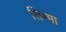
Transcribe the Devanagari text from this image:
तिम्मा